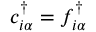
c _ { i \alpha } ^ { \dagger } = f _ { i \alpha } ^ { \dagger }